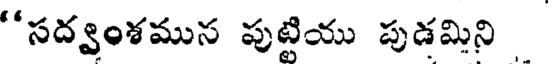
"సద్వంశమున పుట్టియు పుడమిని